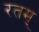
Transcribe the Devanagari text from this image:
रतम्